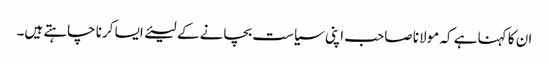
ان کا کہنا ہے کہ مولانا صاحب اپنی سیاست بچانے کے لیئے ایسا کرنا چاہتے ہیں۔